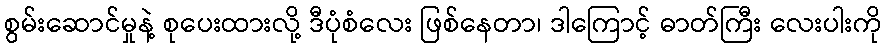
စွမ်းဆောင်မှုနဲ့ စုပေးထားလို့ ဒီပုံစံလေး ဖြစ်နေတာ၊ ဒါကြောင့် ဓာတ်ကြီး လေးပါးကို